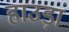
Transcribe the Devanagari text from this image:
हाउड़ा